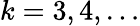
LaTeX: k=3,4,\dots